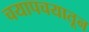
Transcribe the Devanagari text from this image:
चयापचयातून